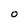
Character: O